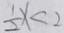
\frac { 1 } { 2 } x < 2